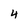
Character: 4